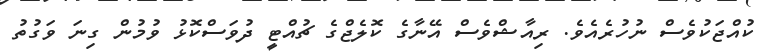
ކުއްޖަކުވެސް ނުހުރެއެވެ. ރިއާޝްވެސް އޭނާގެ ކޮލެޖްގެ ޗުއްޓީ ދުވަސްކޮޅު ވުމުން ގިނަ ވަގުތު